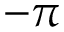
- \pi